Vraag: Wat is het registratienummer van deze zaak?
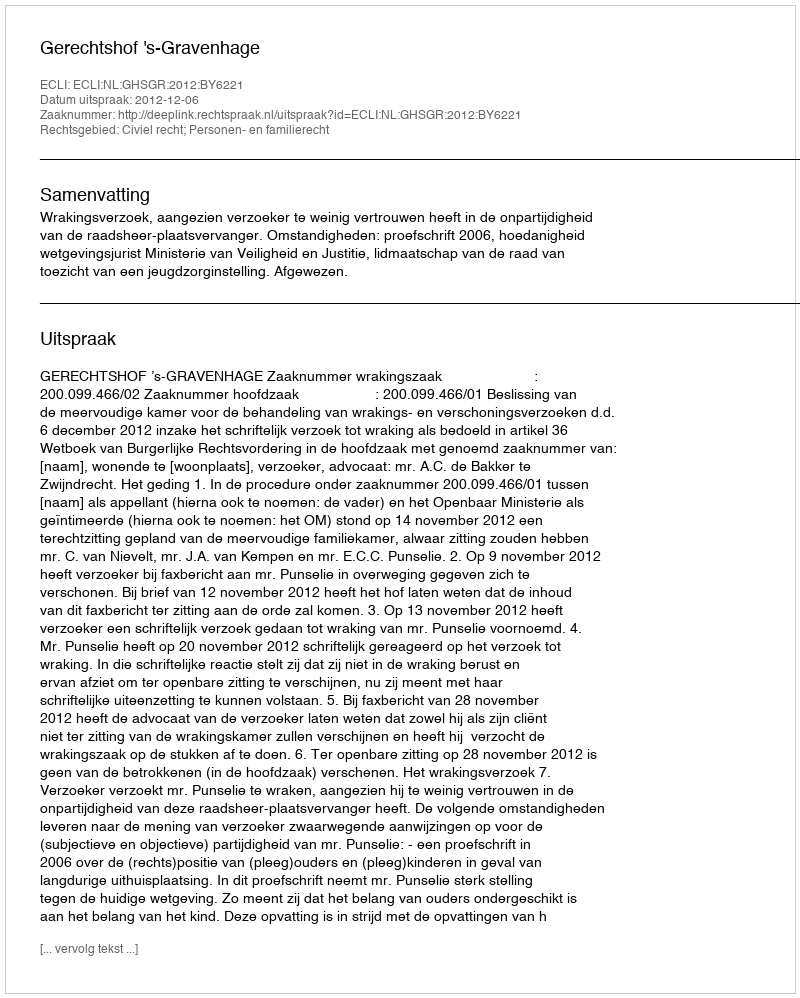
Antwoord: http://deeplink.rechtspraak.nl/uitspraak?id=ECLI:NL:GHSGR:2012:BY6221